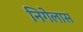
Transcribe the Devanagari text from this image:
निगेलास